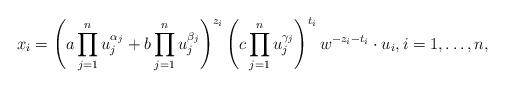
LaTeX: \begin{align*}x_i = \left(a \prod_{j=1}^n u_j^{\alpha_j} + b \prod_{j=1}^n u_j^{\beta_j}\right)^{z_i} \left(c \prod_{j=1}^n u_j^{\gamma_j}\right)^{t_i} w^{-z_i-t_i} \cdot u_i, i=1,\dots, n, \end{align*}